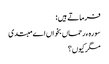
فرماتے ہیں :
سورہ ء رحماں بخواں اے مبتدی
مگر کیوں ؟